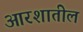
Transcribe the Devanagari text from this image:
आरशातील